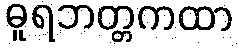
ဓူရဘတ္တကထာ